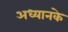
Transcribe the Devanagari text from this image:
अध्यानके